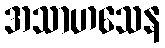
အသာဟသေန